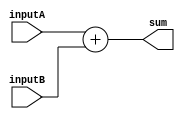
module Adder32 (
  input wire [31:0] inputA,
  input wire [31:0] inputB,
  output wire [31:0] sum
);

  assign sum = inputA + inputB;

endmodule